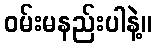
ဝမ်းမနည်းပါနဲ့။